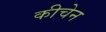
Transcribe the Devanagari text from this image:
कीचेन